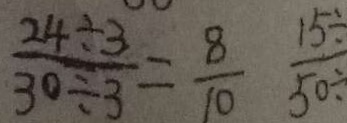
\frac { 2 4 \div 3 } { 3 0 \div 3 } = \frac { 8 } { 1 0 } \frac { 1 5 \div } { 5 0 }